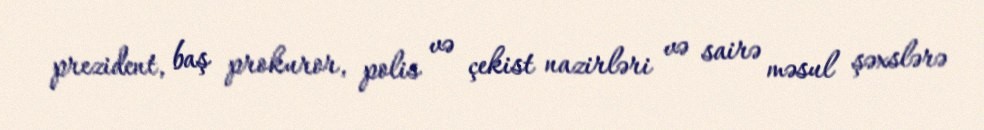
prezident, baş prokuror, polis və çekist nazirləri və sairə məsul şəxslərə